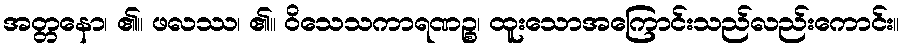
အတ္တနော၊ ၏။ ဖလဿ၊ ၏။ ဝိသေသကာရဏဉ္စ၊ ထူးသောအကြောင်းသည်လည်းကောင်း။